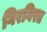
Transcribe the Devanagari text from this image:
गिरगिरत